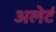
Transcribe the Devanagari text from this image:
अलेर्ट